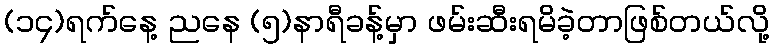
(၁၄)ရက်နေ့ ညနေ (၅)နာရီခန့်မှာ ဖမ်းဆီးရမိခဲ့တာဖြစ်တယ်လို့